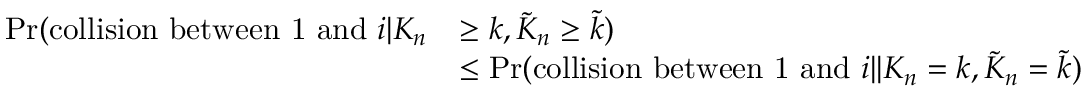
\begin{array} { r l } { \operatorname* { P r } ( \mathrm { c o l l i s i o n ~ b e t w e e n ~ 1 ~ a n d ~ } i | K _ { n } } & { \ge k , \tilde { K } _ { n } \ge \tilde { k } ) } \\ & { \le \operatorname* { P r } ( \mathrm { c o l l i s i o n ~ b e t w e e n ~ 1 ~ a n d ~ } i | | K _ { n } = k , \tilde { K } _ { n } = \tilde { k } ) } \end{array}